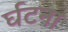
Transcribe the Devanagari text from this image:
र्घटना